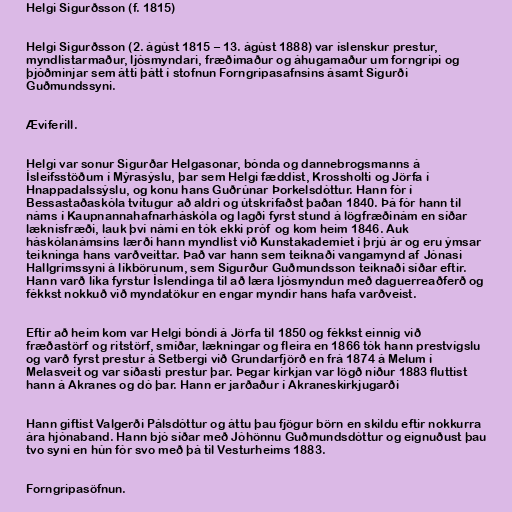
Helgi Sigurðsson (f. 1815)

Helgi Sigurðsson (2. ágúst 1815 – 13. ágúst 1888) var íslenskur prestur,
myndlistarmaður, ljósmyndari, fræðimaður og áhugamaður um forngripi og
þjóðminjar sem átti þátt í stofnun Forngripasafnsins ásamt Sigurði
Guðmundssyni.

Æviferill.

Helgi var sonur Sigurðar Helgasonar, bónda og dannebrogsmanns á
Ísleifsstöðum í Mýrasýslu, þar sem Helgi fæddist, Krossholti og Jörfa í
Hnappadalssýslu, og konu hans Guðrúnar Þorkelsdóttur. Hann fór í
Bessastaðaskóla tvítugur að aldri og útskrifaðst þaðan 1840. Þá fór hann til
náms í Kaupnannahafnarháskóla og lagði fyrst stund á lögfræðinám en síðar
læknisfræði, lauk því námi en tók ekki próf og kom heim 1846. Auk
háskólanámsins lærði hann myndlist við Kunstakademiet í þrjú ár og eru ýmsar
teikninga hans varðveittar. Það var hann sem teiknaði vangamynd af Jónasi
Hallgrímssyni á líkbörunum, sem Sigurður Guðmundsson teiknaði síðar eftir.
Hann varð líka fyrstur Íslendinga til að læra ljósmyndun með daguerreaðferð og
fékkst nokkuð við myndatökur en engar myndir hans hafa varðveist.

Eftir að heim kom var Helgi bóndi á Jörfa til 1850 og fékkst einnig við
fræðastörf og ritstörf, smíðar, lækningar og fleira en 1866 tók hann prestvígslu
og varð fyrst prestur á Setbergi við Grundarfjörð en frá 1874 á Melum í
Melasveit og var síðasti prestur þar. Þegar kirkjan var lögð niður 1883 fluttist
hann á Akranes og dó þar. Hann er jarðaður í Akraneskirkjugarði

Hann giftist Valgerði Pálsdóttur og áttu þau fjögur börn en skildu eftir nokkurra
ára hjónaband. Hann bjó síðar með Jóhönnu Guðmundsdóttur og eignuðust þau
tvo syni en hún fór svo með þá til Vesturheims 1883.

Forngripasöfnun.